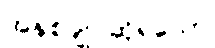
အနှစ်ချုပ်ဆိုရသော်